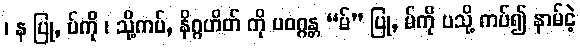
၊ န ပြု, ပ်ကို ၊ သို့ကပ်, နိဂ္ဂဟိတ် ကို ပဝဂ္ဂန္တ “မ်” ပြု, မ်ကို ပသို့ ကပ်၍ နာမ်ငဲ့